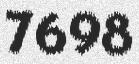
7698